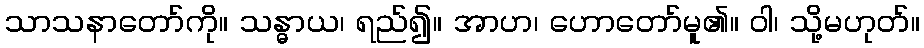
သာသနာတော်ကို။ သန္ဓာယ၊ ရည်၍။ အာဟ၊ ဟောတော်မူ၏။ ဝါ၊ သို့မဟုတ်။